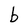
Character: b